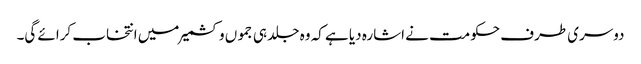
دوسری طرف حکومت نے اشارہ دیا ہے کہ وہ جلد ہی جمو ں وکشمیر میں انتخاب کرائے گی۔